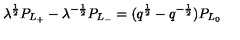
\lambda ^ { \frac { 1 } { 2 } } P _ { L _ { + } } - \lambda ^ { - { \frac { 1 } { 2 } } } P _ { L _ { - } } = ( q ^ { \frac { 1 } { 2 } } - q ^ { - { \frac { 1 } { 2 } } } ) P _ { L _ { 0 } }